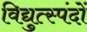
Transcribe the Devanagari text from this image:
विद्युत्स्पंदों